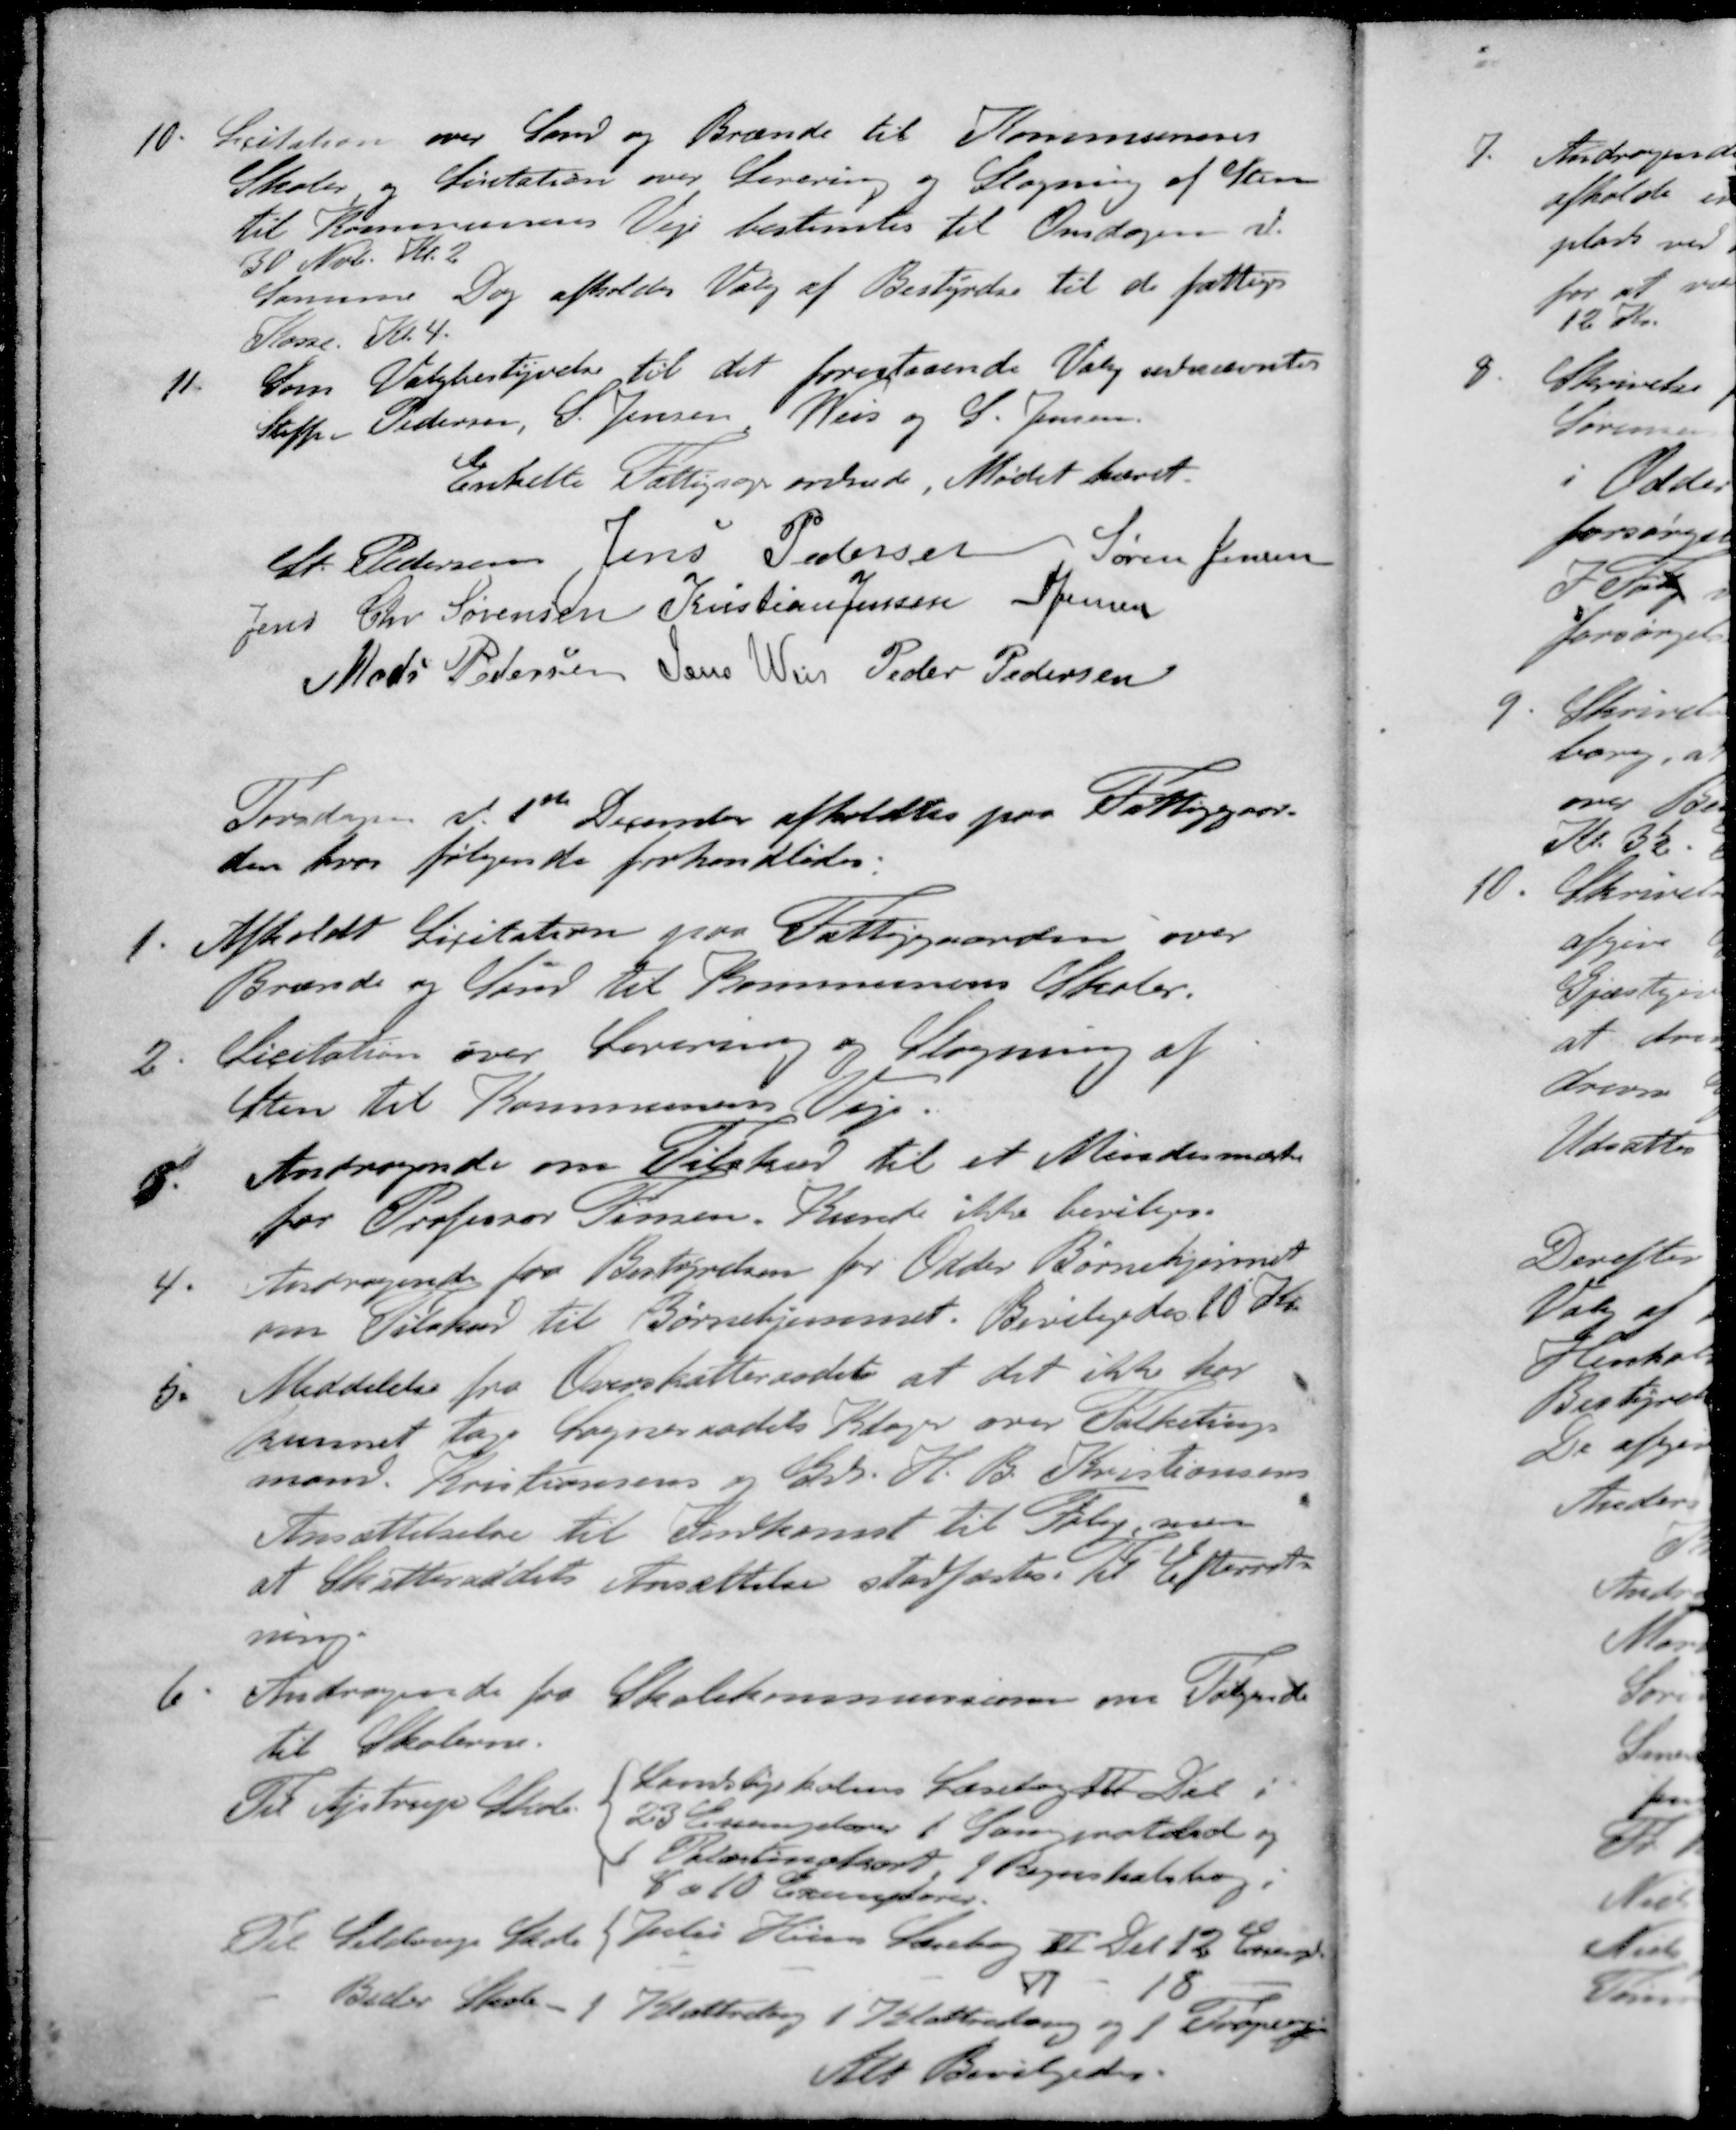
Transskription:
10. Licitation over Sand og Brænde til Kommunens
Skoler og Licitation over Levering og Slagning af Sten
til Kommunens Veje bestemtes til Onsdagen d. 
30 Nov. Kl. 2
Samme Dag afholdes Valg af Bestyrelse til de fattiges
Kasse. Kl. 4.
11. Som Valgbestyrelse til det forestaaende Valg udnævntes
Steffen Pedersen, S. Jensen Weis og S. Jensen
Enkelte Fattigsag ordnede, Mødet hævet.
St Pedersen
Jens Pedersen
Søren Jensen
Jens Chr Sørensen
Kristian Jensen
S Jensen
Mads Pedersen
Jens Weis
Peder Pedersen
Torsdagen d. 1ste December afholdtes paa Fattiggaar-
den hvor følgende forhandledes
1. Afholdt Licitation paa Fattiggaarden over
Brænde og Sand til Kommunens Skoler.
2. Licitation over Levering og Slagning af 
Sten til Kommunens Veje.
3. Andragende om Tilskud til et Mindesmærke
for Professor Finsen. Kunde ikke bevilges.
4. Andragende for Bestyrelsen for Odder Børnehjemmet
om Tilskud til Børnehjemmet. Bevilgedes 10 Kr.
5. Meddelelse fra Overskatteraadet at det ikke har 
kunnet tage Sogneraadets Klager over Folketings
mand. Kristiansens og Gdr. H. B. Kristiansens
Ansættelselse til Indkomst til Følge, men
at Skatteraadets Ansættelse stadfæstes. Til Efterret-
ning
6. Andragende fra Skolekommissionen om Følgende
til Skolerne.
Til Ajstrup Skole
Landsbyskolens Læsebog  Del i
23 Exemplarer 1 Lærerprotokol og
1 Palæstinakort, 1 Regnskabsbog i
8 a 10 Exemplarer
Til Seldrup Skole Jules Hein Læsebog II Det 12 Exempl
- - - VI - 18 -
Beder Skole - I Klatteretning 1 Klatterlang og 1 Propel
Alt Bevilgedes